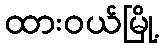
ထားဝယ်မြို့